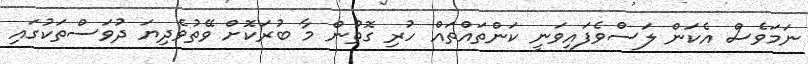
ނަމަވެސް އެކަން ލަސްވެފައިވަނީ ކަންތައްތައް ހުރި ގޮތުން މާ ބުރަކޮށް ވޭތުވެދިޔަ ދުވަސްތަކުގައި